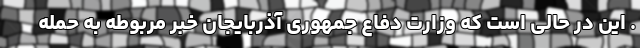
. این در حالی است که وزارت دفاع جمهوری آذربایجان خبر مربوطه به حمله